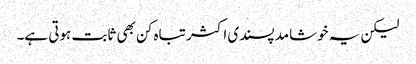
لیکن یہ خوشامد پسندی اکثر تباہ کن بھی ثابت ہوتی ہے۔